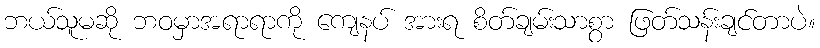
ဘယ်သူမဆို ဘဝမှာအရာရာကို ကျေနပ် အားရ စိတ်ချမ်းသာစွာ ဖြတ်သန်းချင်တာပဲ။